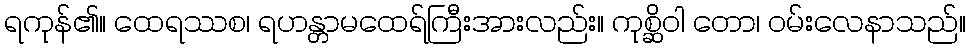
ရကုန်၏။ ထေရဿစ၊ ရဟန္တာမထေရ်ကြီးအားလည်း။ ကုစ္ဆိဝါ တော၊ ဝမ်းလေနာသည်။